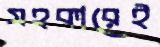
সহকারেই